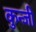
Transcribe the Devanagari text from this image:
कुन्जी